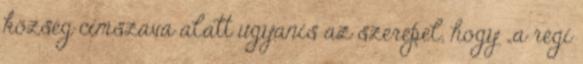
község címszava alatt ugyanis az szerepel, hogy „a régi